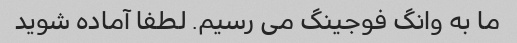
ما به وانگ فوجینگ می رسیم. لطفا آماده شوید